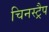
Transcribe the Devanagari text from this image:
चिनस्ट्रैप